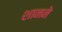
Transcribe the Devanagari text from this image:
शानने